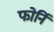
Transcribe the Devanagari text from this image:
फोर्नि